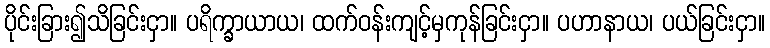
ပိုင်းခြား၍သိခြင်းငှာ။ ပရိက္ခာယာယ၊ ထက်ဝန်းကျင့်မှကုန်ခြင်းငှာ။ ပဟာနာယ၊ ပယ်ခြင်းငှာ။